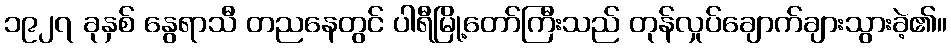
၁၉၂၇ ခုနှစ် နွေရာသီ တညနေတွင် ပါရီမြို့တော်ကြီးသည် တုန်လှုပ်ချောက်ချားသွားခဲ့၏။